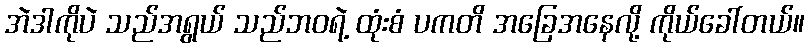
အဲဒါကိုပဲ သည်အရွယ် သည်ဘဝရဲ့ ထုံးစံ ပကတိ အခြေအနေလို့ ကိုယ်ခေါ်တယ်။